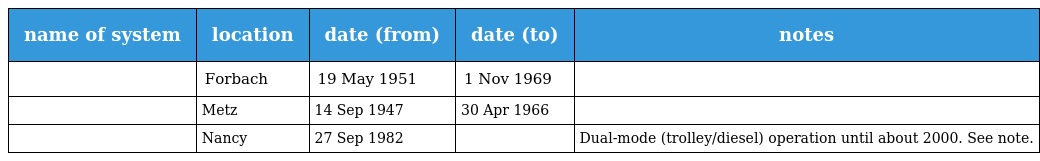
| name of system | location | date (from) | date (to) | notes |
 | --- | --- | --- | --- | --- |
 |  | Forbach | 19 May 1951 | 1 Nov 1969 |  |
 |  | Metz | 14 Sep 1947 | 30 Apr 1966 |  |
 |  | Nancy | 27 Sep 1982 |  | Dual-mode (trolley/diesel) operation until about 2000. See note. |